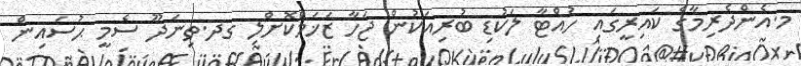
މ.އެންދެރިމާގެ ކައިރީގައި ހުއްޓާ ލަކުޑި ބުރިއަކުން ޖަހާ ޒަޚަމްކޮށްލި ގދ.ތިނަދޫ ސެމީ ޙުސައިން